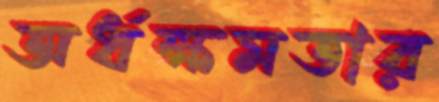
অর্ধক্ষমতার